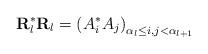
LaTeX: \begin{align*}{\mathbf{R}}^*_l{\mathbf{R}}_l = \left( A^*_iA_j\right)_{\alpha_{l}\le i,j<\alpha_{l+1}}\end{align*}